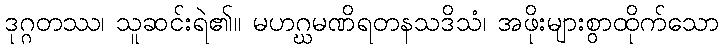
ဒုဂ္ဂတဿ၊ သူဆင်းရဲ၏။ မဟဂ္ဃမဏိရတနသဒိသံ၊ အဖိုးများစွာထိုက်သော